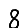
Digit: 8